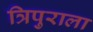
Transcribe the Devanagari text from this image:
त्रिपुराला